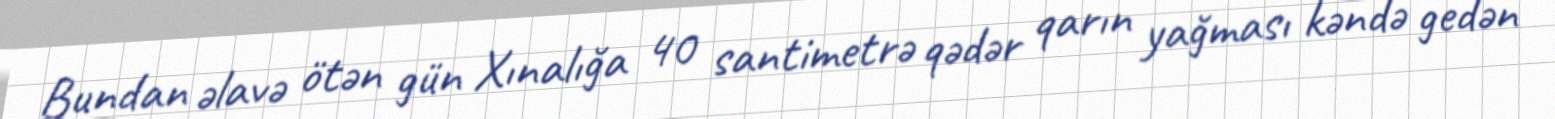
Bundan əlavə ötən gün Xınalığa 40 santimetrə qədər qarın yağması kəndə gedən